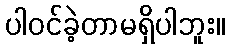
ပါဝင်ခဲ့တာမရှိပါဘူး။